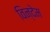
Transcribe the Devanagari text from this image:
विन्देम